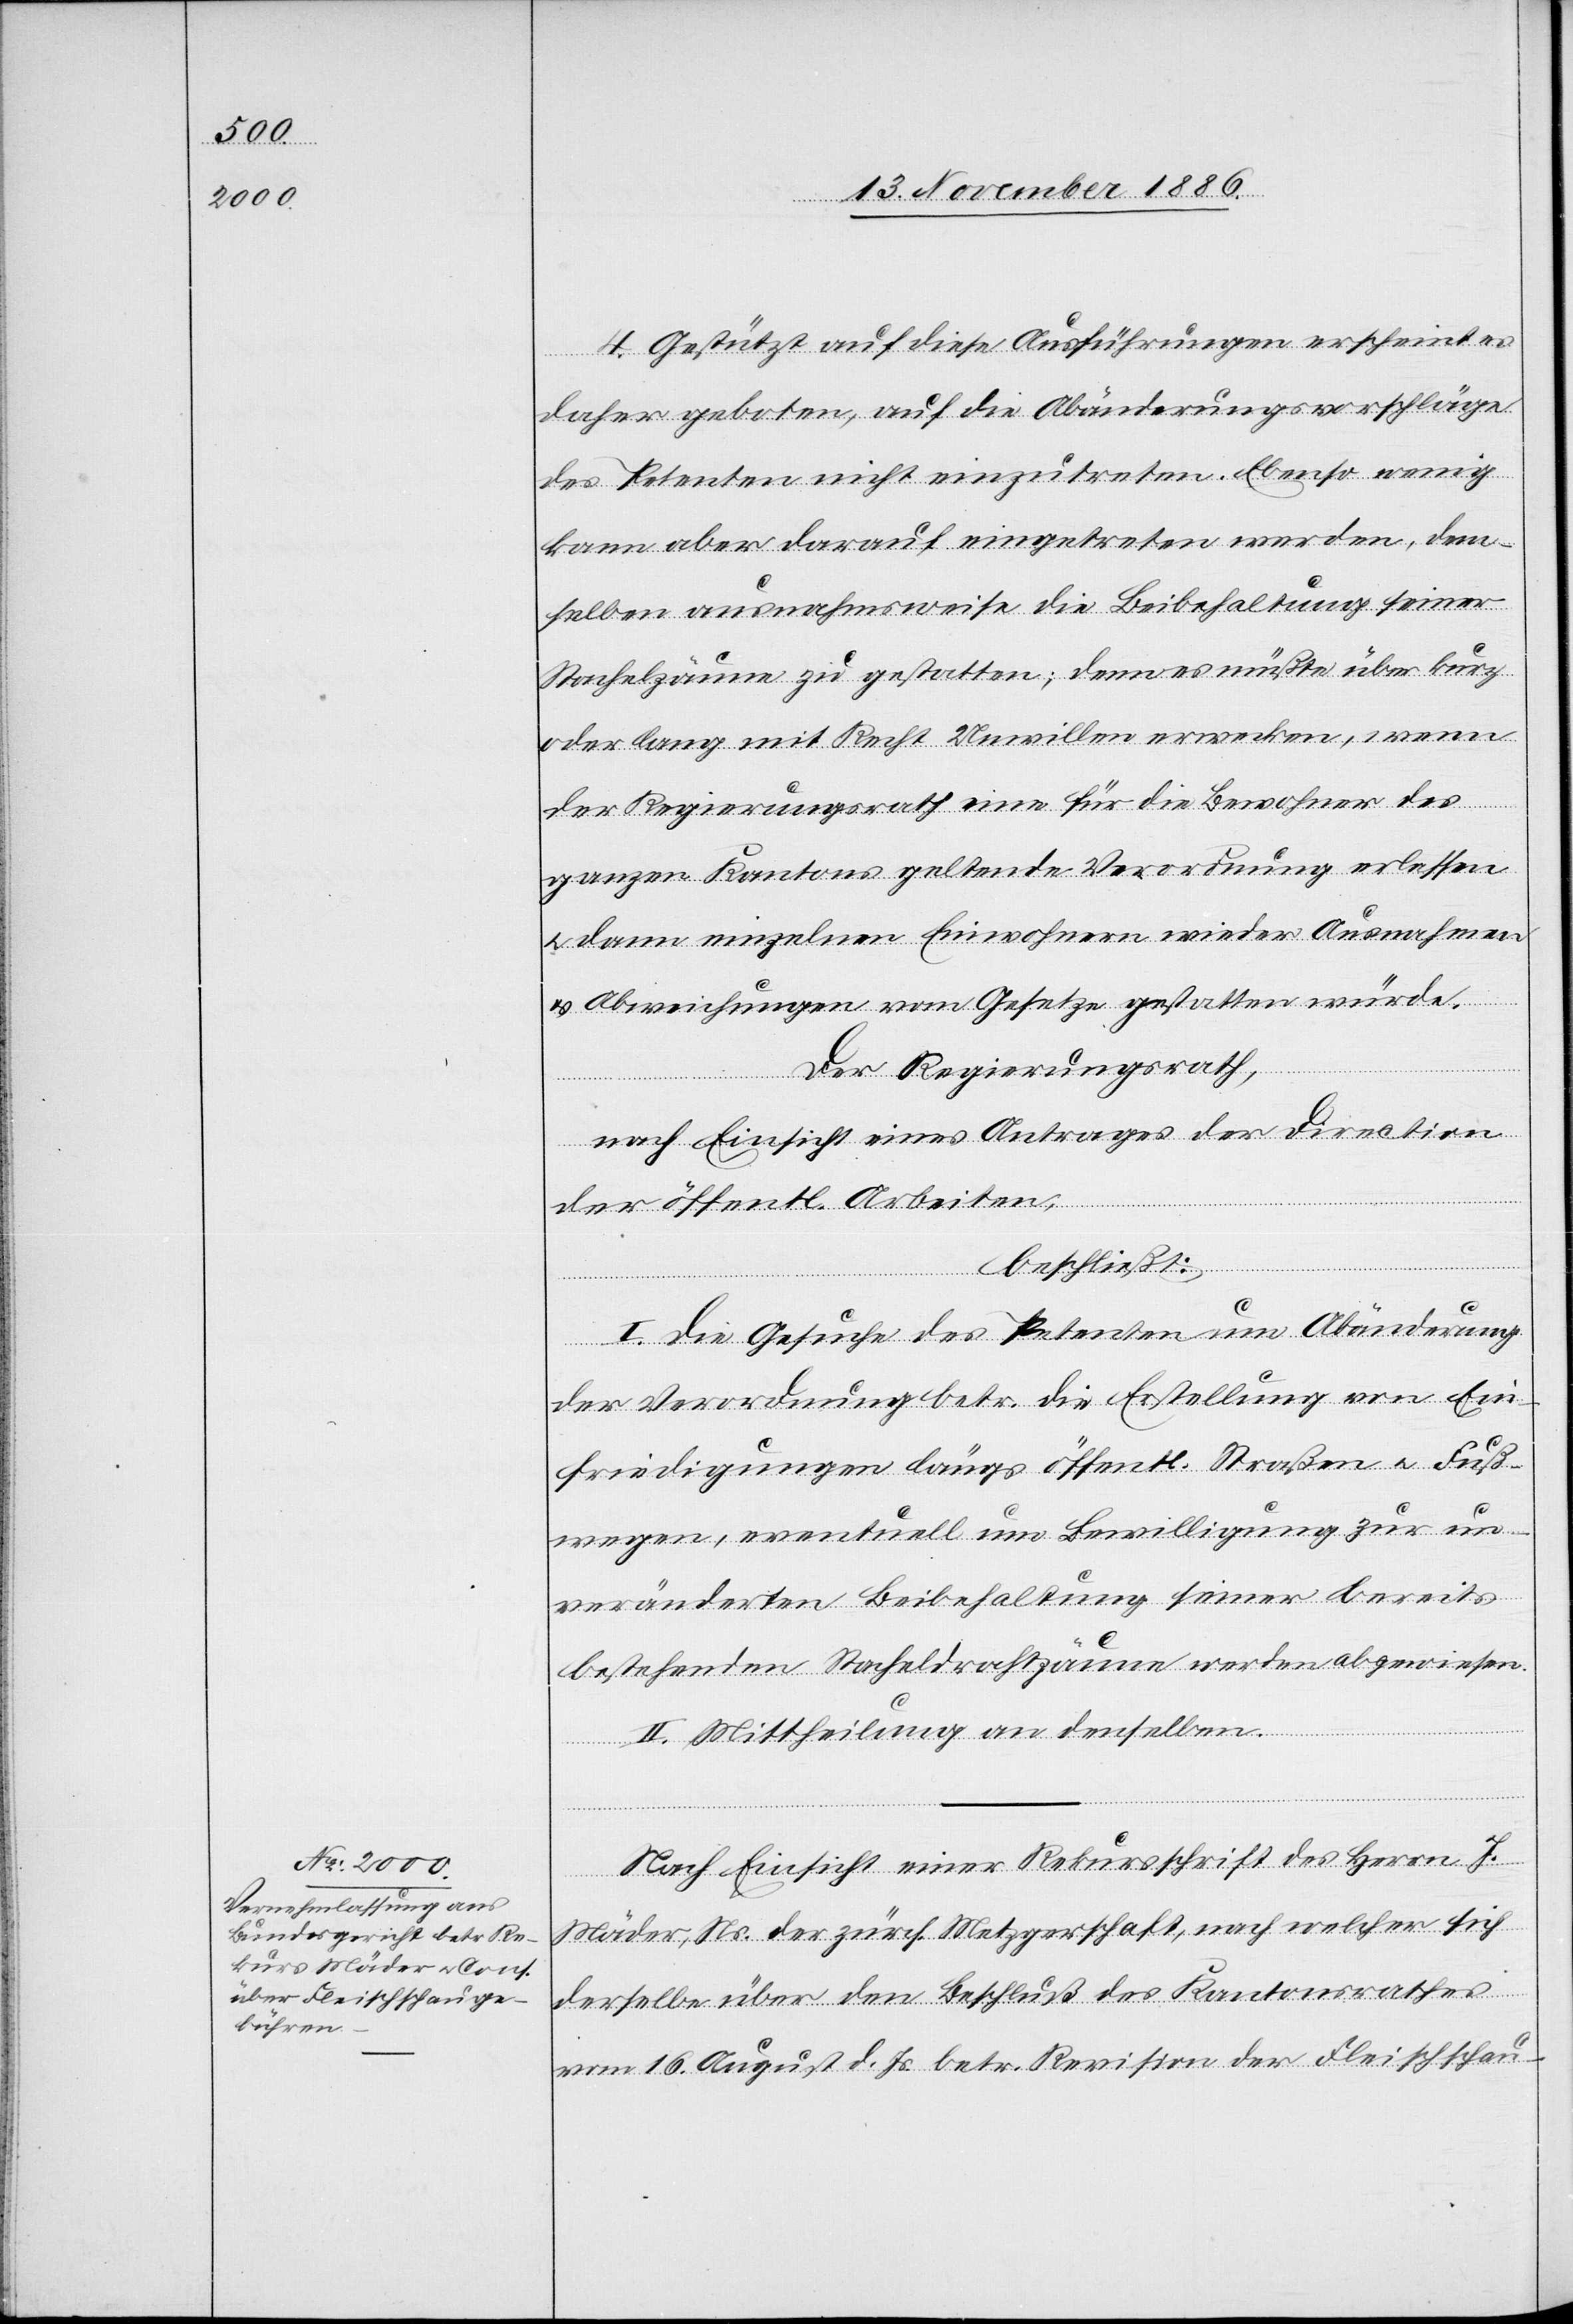
4. Gestützt auf diese Ausführungen erscheint es
daher geboten, auf die Abänderungsvorschläge
des Petenten nicht einzutreten. Ebenso wenig
kann aber darauf eingetreten werden, dem¬
selben ausnahmsweise die Beibehaltung seiner
Stachelzäune zu gestatten; denn es müßte über kurz
oder lang mit Recht Unwillen erwecken, wenn
der Regierungsrath eine für die Bewohner des
ganzen Kantons geltende Verordnung erlassen
& dann einzelnen Einwohnern wieder Ausnahmen
& Abweichungen vom Gesetze gestatten würde.
Der Regierungsrath,
nach Einsicht eines Antrages der Direction
der öffentl. Arbeiten,
beschließt:
I. Die Gesuche des Petenten um Abänderung
der Verordnung betr. die Erstellung von Ein¬
friedigungen längs öffentl. Straßen & Fuß¬
wegen, eventuell um Bewilligung zur un¬
veränderten Beibehaltung seiner bereits
bestehenden Stacheldrahtzäune werden abgewiesen.
II. Mittheilung an denselben.
Nach Einsicht einer Rekursschrift des Herrn J.
Mäder, Ns. der zürch. Metzgerschaft, nach welcher sich
derselbe über den Beschluß des Kantonsrathes
vom 16. August d. Js. betr. Revision der Fleischschau-